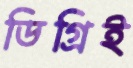
ডিগ্রিই